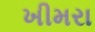
ખીમરા